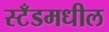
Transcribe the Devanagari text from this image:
स्टँडमधील